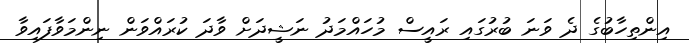
އިންތިހާބުގެ ދެ ވަނަ ބުރުގައި ރައީސް މުހައްމަދު ނަޝީދަށް ވާދަ ކުރައްވަން ނިންމަވާފައިވާ